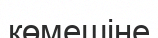
көмешіне